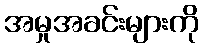
အမှုအခင်းများကို